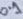
Text: 0.1